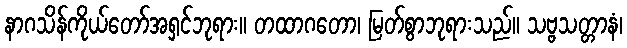
နာဂသိန်ကိုယ်တော်အရှင်ဘုရား။ တထာဂတော၊ မြတ်စွာဘုရားသည်။ သဗ္ဗသတ္တာနံ၊